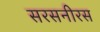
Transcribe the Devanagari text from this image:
सरसनीरस